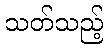
သတ်သည့်